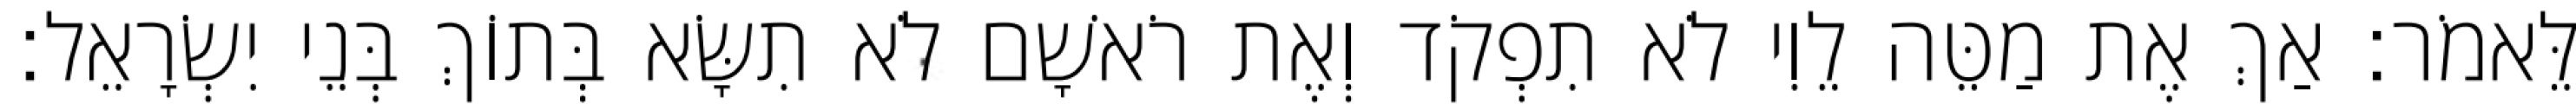
לֵּאמֹר׃ אַךְ אֶת מַטֵּה לֵוִי לֹא תִפְקֹד וְאֶת רֹאשָׁם לֹא תִשָּׂא בְּתוֹךְ בְּנֵי יִשְׂרָאֵל׃